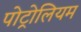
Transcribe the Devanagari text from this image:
पोट्रोलियम